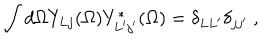
LaTeX: \int d \Omega Y _ { L j } ( \Omega ) Y _ { L ^ { \prime } j ^ { \prime } } ^ { * } ( \Omega ) = \delta _ { L L ^ { \prime } } \delta _ { j j ^ { \prime } } \ ,